Cholera in southern India
Disease focus: Cholera
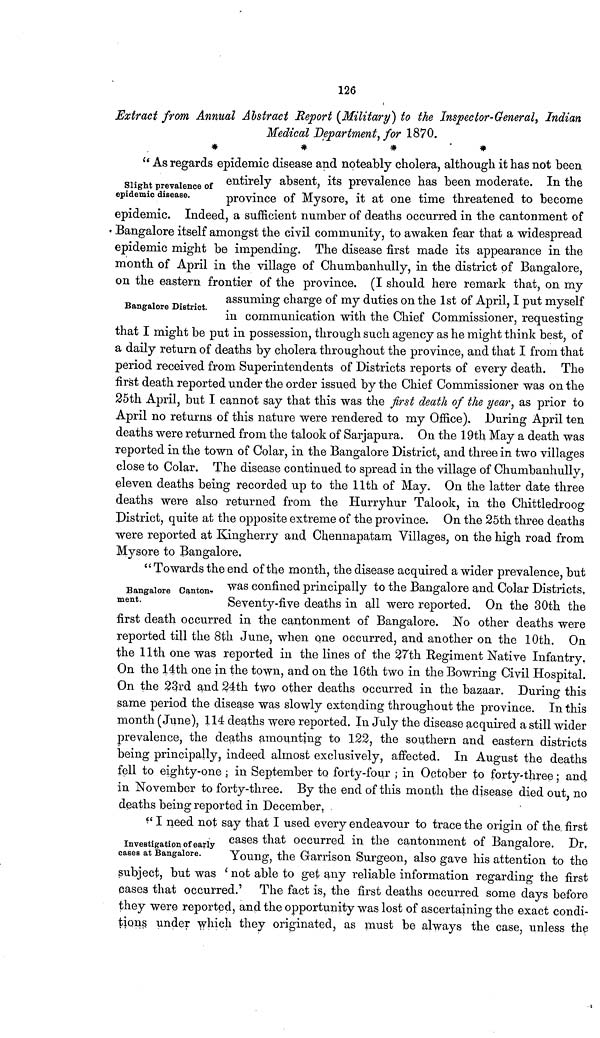
126
Extract from Annual Abstract Report {Military) to the Inspector-General, Indian
Medical Department, for 1870.
*
*
*
*
Slight prevalence of
epidemic disease.
" As regards epidemic disease and noteably cholera, although it has not been
entirely absent, its prevalence has been moderate. In the
province of Mysore, it at one time threatened to become
epidemic. Indeed, a sufficient number of deaths occurred in the cantonment of
Bangalore itself amongst the civil community, to awaken fear that a widespread
epidemic might be impending. The disease first made its appearance in the
month of April in the village of Chumbanhully, in the district of Bangalore,
on the eastern frontier of the province. (I should here remark that, on my
Bangalore District.
assuming charge of my duties on the 1st of April, I put myself
in communication with the Chief Commissioner, requesting
that I might be put in possession, through such agency as he might think best, of
a daily return of deaths by cholera throughout the province, and that I from that
period received from Superintendents of Districts reports of every death. The
first death reported under the order issued by the Chief Commissioner was on the
25th April, but I cannot say that this was the first death of the year, as prior to
April no returns of this nature were rendered to my Office). During April ten
deaths were returned from the talook of Sarjapura. On the 19th May a death was
reported in the town of Colar, in the Bangalore District, and three in two villages
close to Colar. The disease continued to spread in the village of Chumbanhully,
eleven deaths being recorded up to the 11th of May. On the latter date three
deaths were also returned from the Hurryhur Talook, in the Chittledroog
District, quite at the opposite extreme of the province. On the 25th three deaths
were reported at Kingherry and Chennapatam Villages, on the high road from
Mysore to Bangalore,
Bangalore Canton-
ment.
" Towards the end of the month, the disease acquired a wider prevalence, but
was confined principally to the Bangalore and Colar Districts,
Seventy-five deaths in all were reported. On the 30th the
first death occurred in the cantonment of Bangalore. No other deaths were
reported till the 8th June, when one occurred, and another on the 10th. On
the 11th one was reported in the lines of the 27th Regiment Native Infantry.
On the 14th one in the town, and on the 16th two in the Bowring Civil Hospital.
On the 23rd and 24th two other deaths occurred in the bazaar. During this
same period the disease was slowly extending throughout the province. In this
month (June), 114 deaths were reported. In July the disease acquired a still wider
prevalence, the deaths amounting to 122, the southern and eastern districts
being principally, indeed almost exclusively, affected. In August the deaths
fell to eighty-one ; in September to forty-four ; in October to forty-three ; and
in November to forty-three. By the end of this month the disease died out, no
deaths being reported in December. ,
Investigation of early
cases at Bangalore.
" I need not say that I used every endeavour to trace the origin of the. first
cases that occurred in the cantonment of Bangalore. Dr.
Young, the Garrison Surgeon, also gave his attention to the
subject, but was ' not able to get any reliable information regarding the first
cases that occurred.' The fact is, the first deaths occurred some days before
they were reported, and the opportunity was lost of ascertaining the exact condi-
tions under which they originated, as must be always the case, unless the